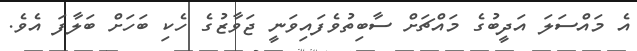
އެ މައްސަލަ އަދީބުގެ މައްޗަށް ސާބިތުވެފައިވަނީ ޖަވާޒުގެ ހެކި ބަހަށް ބަލާފަ އެވެ.